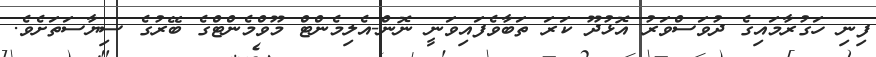
ފިނި ހަގުރާމައިގެ ދުވަސްވަރު އޮޅުދޫ ކަރަ ތަބާވެފައިވަނީ ނޮން-އެލިމެންޓް މޫވްމެންޓްގެ ބޭރުގެ ސިޔާސަތަށެވެ.